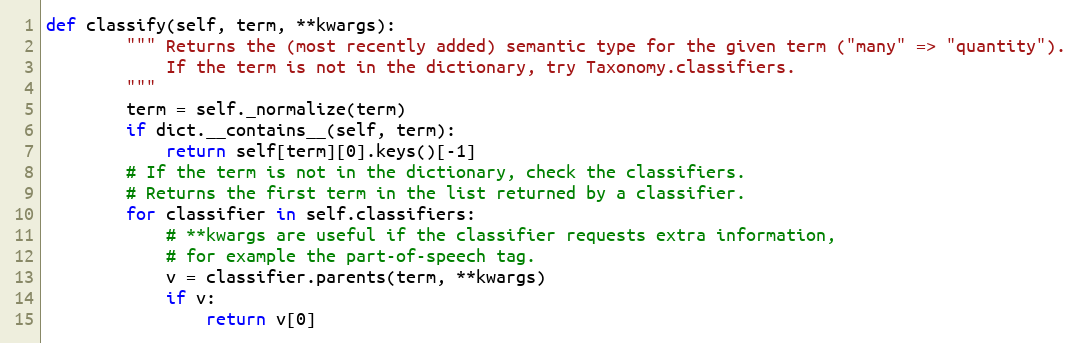
Language: Python
def classify(self, term, **kwargs):
        """ Returns the (most recently added) semantic type for the given term ("many" => "quantity").
            If the term is not in the dictionary, try Taxonomy.classifiers.
        """
        term = self._normalize(term)
        if dict.__contains__(self, term):
            return self[term][0].keys()[-1]
        # If the term is not in the dictionary, check the classifiers.
        # Returns the first term in the list returned by a classifier.
        for classifier in self.classifiers:
            # **kwargs are useful if the classifier requests extra information,
            # for example the part-of-speech tag.
            v = classifier.parents(term, **kwargs)
            if v:
                return v[0]